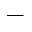
\_